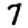
Digit: 7